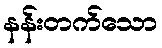
နန်းတက်သော